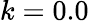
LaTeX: k=0.0